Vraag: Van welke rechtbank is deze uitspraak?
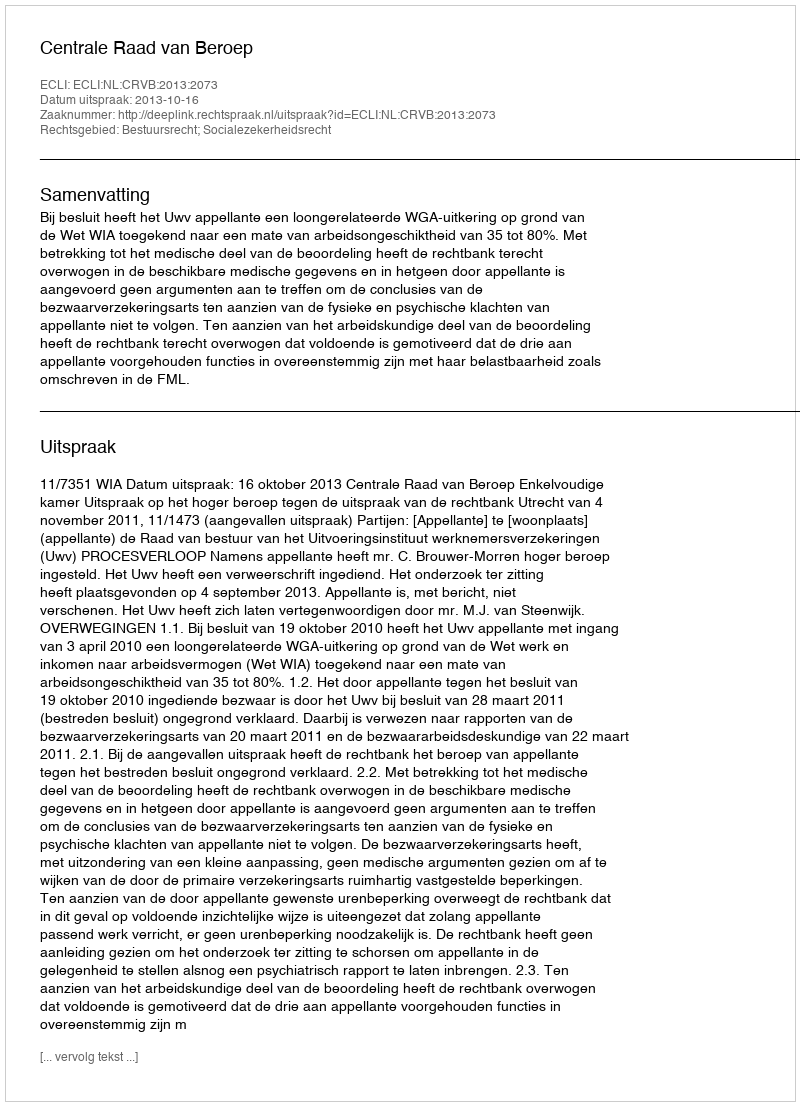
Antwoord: Centrale Raad van Beroep